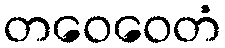
တဝေဝေတံ